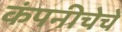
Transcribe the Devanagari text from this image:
कंपनीचेचे